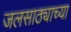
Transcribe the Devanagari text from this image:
जलसाठ्याच्या